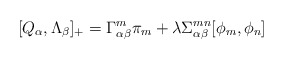
\begin{align*}[Q_{\alpha}, \Lambda_{\beta}]_{+} = \Gamma^{m}_{\alpha \beta} \pi_{m} + \lambda \Sigma^{mn}_{\alpha \beta} [\phi_{m}, \phi_{n}]\end{align*}